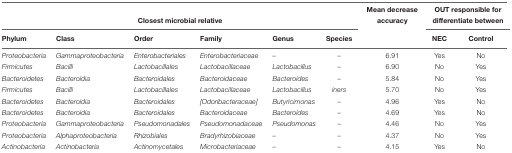
<table><thead><tr><td colspan="6"><b>Closest microbial relative</b></td><td><b>Mean decrease accuracy</b></td><td colspan="2"><b>OUT responsible for differentiate between</b></td></tr><tr><td><b>Phylum</b></td><td><b>Class</b></td><td><b>Order</b></td><td><b>Family</b></td><td><b>Genus</b></td><td><b>Species</b></td><td></td><td><b>NEC</b></td><td><b>Control</b></td></tr></thead><tbody><tr><td><i>Proteobacteria</i></td><td><i>Gammaproteobacteria</i></td><td><i>Enterobacteriales</i></td><td><i>Enterobacteriaceae</i></td><td><i>–</i></td><td><i>–</i></td><td>6.91</td><td>Yes</td><td>No</td></tr><tr><td><i>Firmicutes</i></td><td><i>Bacilli</i></td><td><i>Lactobacillales</i></td><td><i>Lactobacillaceae</i></td><td><i>Lactobacillus</i></td><td><i>–</i></td><td>6.90</td><td>No</td><td>Yes</td></tr><tr><td><i>Bacteroidetes</i></td><td><i>Bacteroidia</i></td><td><i>Bacteroidales</i></td><td><i>Bacteroidaceae</i></td><td><i>Bacteroides</i></td><td><i>–</i></td><td>5.84</td><td>No</td><td>Yes</td></tr><tr><td><i>Firmicutes</i></td><td><i>Bacilli</i></td><td><i>Lactobacillales</i></td><td><i>Lactobacillaceae</i></td><td><i>Lactobacillus</i></td><td><i>iners</i></td><td>5.70</td><td>No</td><td>Yes</td></tr><tr><td><i>Bacteroidetes</i></td><td><i>Bacteroidia</i></td><td><i>Bacteroidales</i></td><td><i>[Odoribacteraceae]</i></td><td><i>Butyricimonas</i></td><td><i>–</i></td><td>4.96</td><td>Yes</td><td>No</td></tr><tr><td><i>Bacteroidetes</i></td><td><i>Bacteroidia</i></td><td><i>Bacteroidales</i></td><td><i>Bacteroidaceae</i></td><td><i>Bacteroides</i></td><td><i>–</i></td><td>4.69</td><td>Yes</td><td>No</td></tr><tr><td><i>Proteobacteria</i></td><td><i>Gammaproteobacteria</i></td><td><i>Pseudomonadales</i></td><td><i>Pseudomonadaceae</i></td><td><i>Pseudomonas</i></td><td><i>–</i></td><td>4.46</td><td>No</td><td>Yes</td></tr><tr><td><i>Proteobacteria</i></td><td><i>Alphaproteobacteria</i></td><td><i>Rhizobiales</i></td><td><i>Bradyrhizobiaceae</i></td><td><i>–</i></td><td><i>–</i></td><td>4.37</td><td>No</td><td>Yes</td></tr><tr><td><i>Actinobacteria</i></td><td><i>Actinobacteria</i></td><td><i>Actinomycetales</i></td><td><i>Microbacteriaceae</i></td><td><i>–</i></td><td><i>–</i></td><td>4.15</td><td>Yes</td><td>No</td></tr></tbody></table>